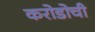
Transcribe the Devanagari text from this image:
करोडोची